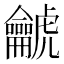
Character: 𪛌